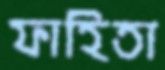
ফাহিতা